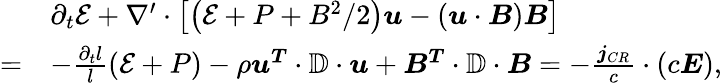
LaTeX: \begin{array}{rl}&{\partial_{t}\mathcal{E}+\nabla^{\prime}\cdot\left[\left(\mathcal{E}+P+B^{2}/2\right)\boldsymbol{u}-\left(\boldsymbol{u}\cdot\boldsymbol{B}\right)\boldsymbol{B}\right]}\\ {=}&{-\frac{\partial_{t}l}{l}\left(\mathcal{E}+P\right)-\rho\boldsymbol{u^{T}}\cdot\mathbb{D}\cdot\boldsymbol{u}+\boldsymbol{B^{T}}\cdot\mathbb{D}\cdot\boldsymbol{B}=-\frac{\boldsymbol{j}_{CR}}{c}\cdot\left(c\boldsymbol{E}\right),}\end{array}